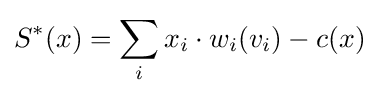
S^{*}(x)=\sum _{i}x_{i}\cdot w_{i}(v_{i})-c(x)